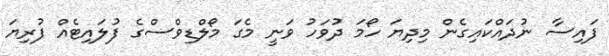
ފައިސާ ނުދައްކައިގެން މިދިޔަ ހޯމަ ދުވަހު ވަނީ މެގަ މޯލްޑިވްސްގެ ފުލައިޓެއް ފުރިޔަ